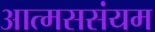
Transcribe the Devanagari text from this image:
आत्मससंयम